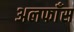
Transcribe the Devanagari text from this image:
अलफाँस